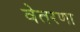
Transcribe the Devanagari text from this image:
वेतरणा